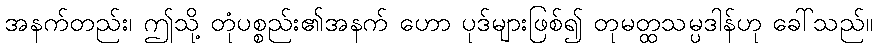
အနက်တည်း၊ ဤသို့ တုံပစ္စည်း၏အနက် ဟော ပုဒ်များဖြစ်၍ တုမတ္ထသမ္ပဒါန်ဟု ခေါ်သည်။